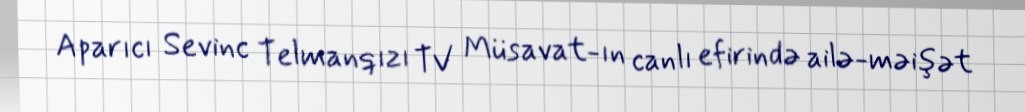
Aparıcı Sevinc Telmanqızı TV Müsavat-ın canlı efirində ailə-məişət